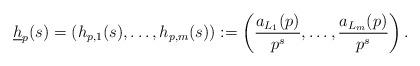
LaTeX: \begin{align*}\underline{h}_p(s) = (h_{p,1}(s),\ldots,h_{p,m}(s)) := \left(\frac{a_{L_1}(p)}{p^s},\ldots,\frac{a_{L_m}(p)}{p^s}\right).\end{align*}